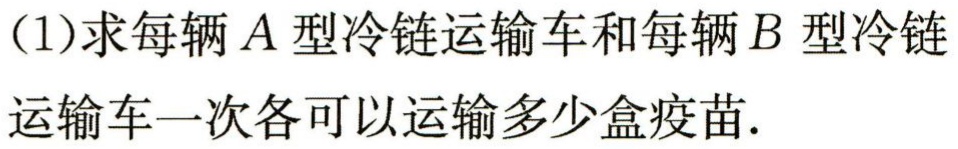
(1)求每辆$A$型冷链运输车和每辆$B$型冷链运输车一次各可以运输多少盒疫苗.